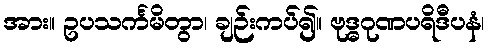
အား။ ဥပသင်္ကမိတွာ၊ ချဉ်းကပ်၍။ ဗုဒ္ဓဂုဏပရိဒီပနံ၊